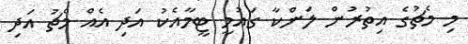
މި މެޗުގެ އިތުރުން ލަންކާ ގައުމީ ޓީމާއެކު އަދި އެއް މެޗު އަދި